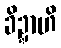
ခိဍ္ဍာဟိ